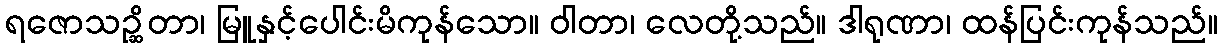
ရဇောသဉ္ဆိတာ၊ မြူနှင့်ပေါင်းမိကုန်သော။ ဝါတာ၊ လေတို့သည်။ ဒါရုဏာ၊ ထန်ပြင်းကုန်သည်။